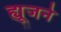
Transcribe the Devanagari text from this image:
ह्यूजने